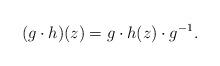
LaTeX: \begin{align*}(g \cdot h)(z) = g\cdot h(z) \cdot g^{-1}.\end{align*}